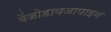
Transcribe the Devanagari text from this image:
बेंजोडायजापाइन